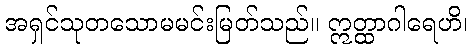
အရှင်သုတသောမမင်းမြတ်သည်။ ဣတ္ထာဂါရေဟိ၊